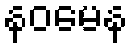
နဝမေန